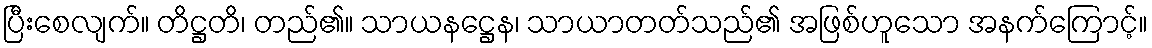
ပြီးစေလျက်။ တိဋ္ဌတိ၊ တည်၏။ သာယနဋ္ဌေန၊ သာယာတတ်သည်၏ အဖြစ်ဟူသော အနက်ကြောင့်။